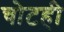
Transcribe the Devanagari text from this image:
चोटही